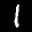
Label: 1